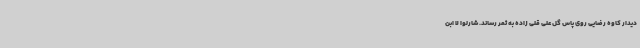
دیدار کاوه رضایی روی پاس گل علی قلی زاده به ثمر رساند. شارلوا لا ابن